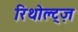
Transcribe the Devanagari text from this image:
रिथोल्ट्ज़